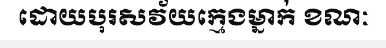
ដោយបុរសវ័យក្មេងម្នាក់ ខណៈ